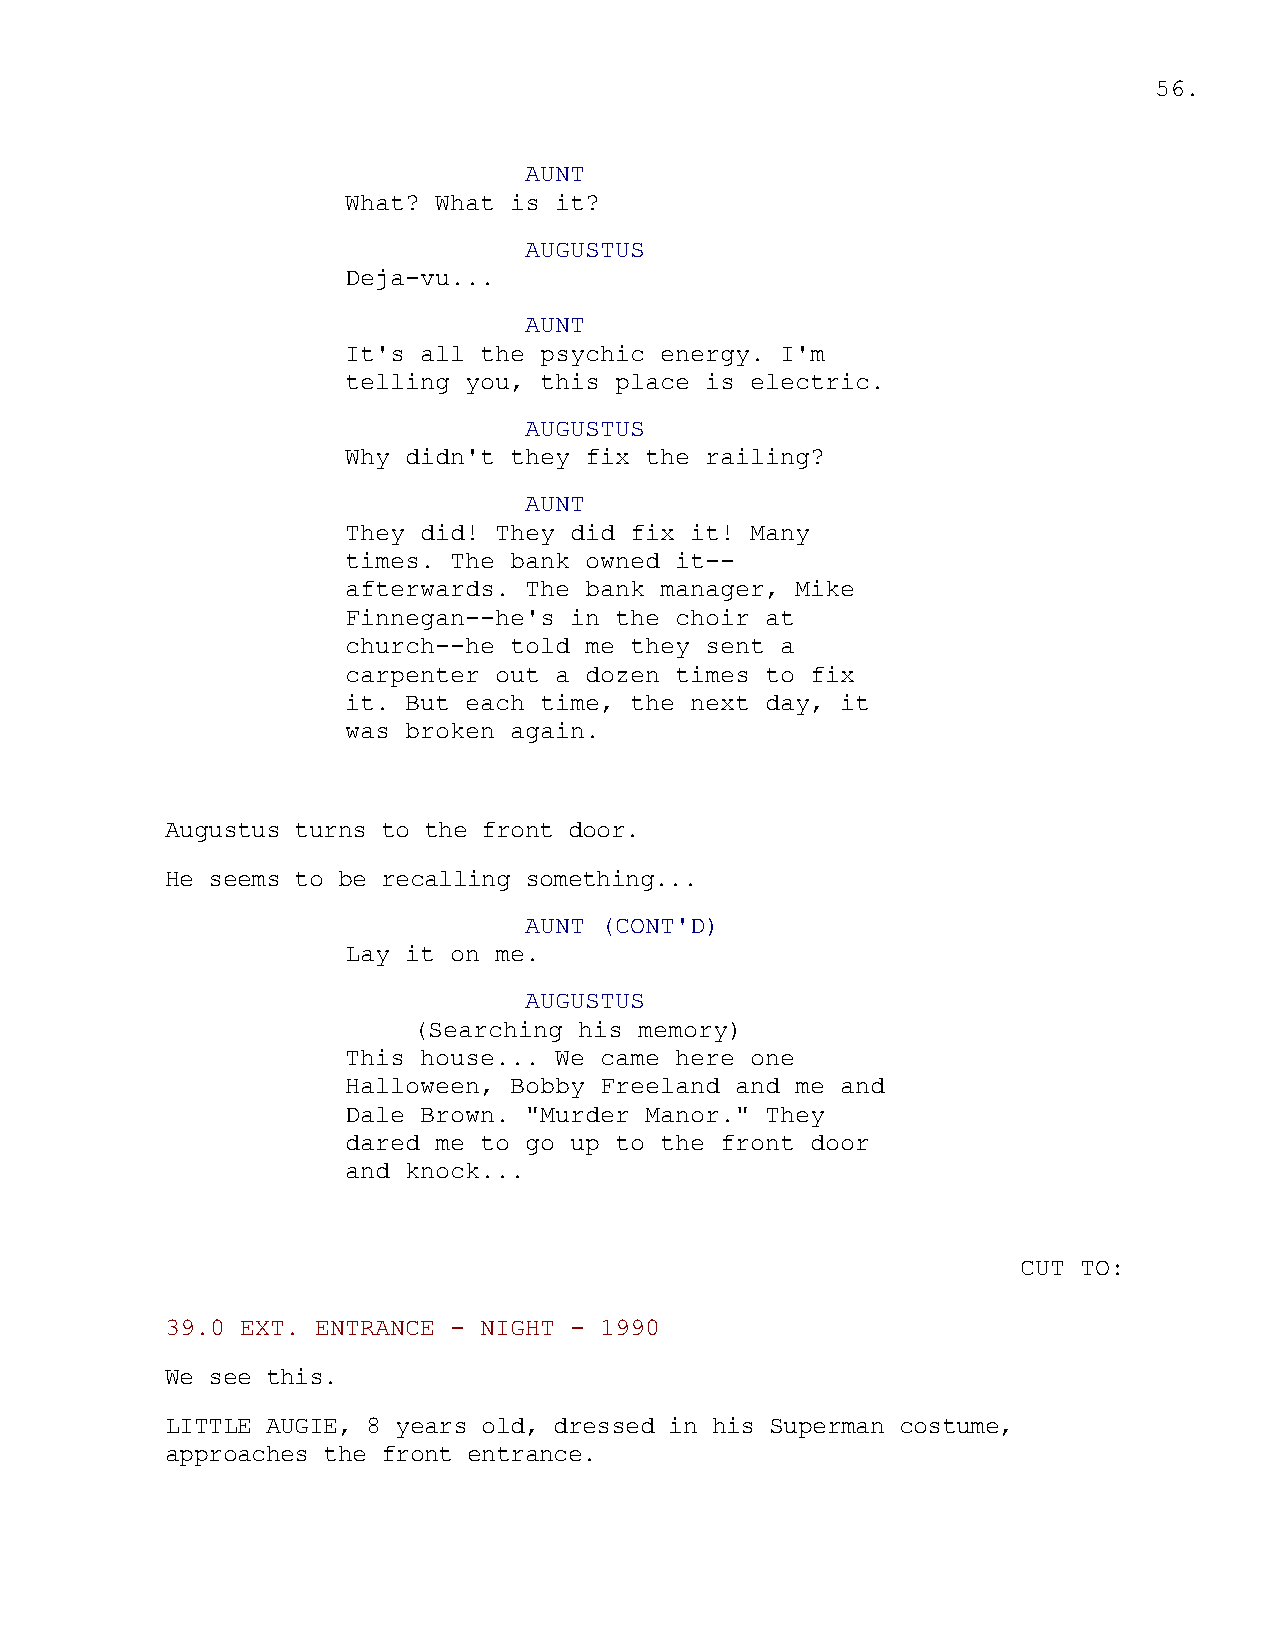
56.
 AUNT
 What? What is it?
 AUGUSTUS
 Deja-vu...
 AUNT
 It's all the psychic energy. I'm
 telling you, this place is electric.
 AUGUSTUS
 Why didn't they fix the railing?
 AUNT
 They did! They did fix it! Many
 times. The bank owned it--
 afterwards. The bank manager, Mike
 Finnegan--he's in the choir at
 church--he told me they sent a
 carpenter out a dozen times to fix
 it. But each time, the next day, it
 was broken again.
 Augustus turns to the front door.
 He seems to be recalling something...
 AUNT (CONT'D)
 Lay it on me.
 AUGUSTUS
 (Searching his memory)
 This house... We came here one
 Halloween, Bobby Freeland and me and
 Dale Brown. "Murder Manor." They
 dared me to go up to the front door
 and knock...
 CUT TO:
 39.0 EXT. ENTRANCE - NIGHT - 1990
 We see this.
 LITTLE AUGIE, 8 years old, dressed in his Superman costume,
 approaches the front entrance.